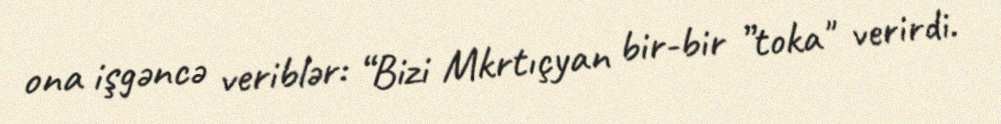
ona işgəncə veriblər: “Bizi Mkrtıçyan bir-bir ”toka" verirdi.